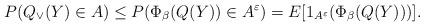
LaTeX: \begin{align*}P(Q_\vee(Y)\in A)\leq P(\Phi_\beta(Q(Y))\in A^{\varepsilon})=E[1_{A^{\varepsilon}}(\Phi_\beta(Q(Y)))].\end{align*}